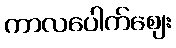
ကာလပေါက်ဈေး